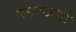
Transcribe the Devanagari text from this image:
नगरजनो